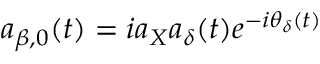
a _ { \beta , 0 } ( t ) = i a _ { X } a _ { \delta } ( t ) e ^ { - i \theta _ { \delta } ( t ) }